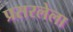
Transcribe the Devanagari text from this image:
प्रसरलेला